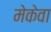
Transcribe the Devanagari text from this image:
मेकेवा